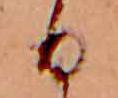
日